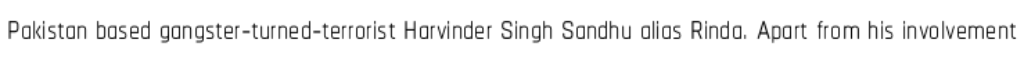
Pakistan based gangster-turned-terrorist Harvinder Singh Sandhu alias Rinda. Apart from his involvement